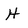
Character: H